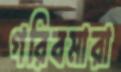
গরিবমারা